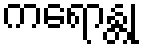
ကရောန္တု